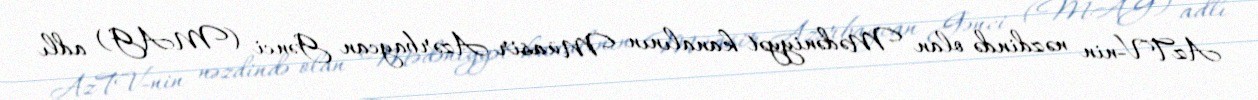
AzTV-nin nəzdində olan Mədəniyyət kanalının Müasir Azərbaycan Gənci (MAG) adlı